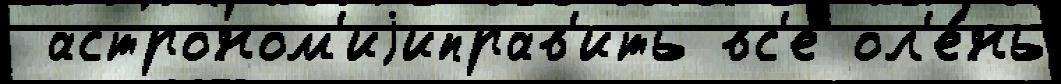
 астроном'иjиправ'ить вс'е ол'е́нь